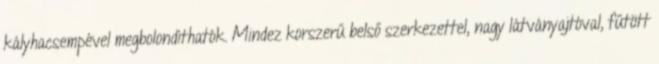
kályhacsempével megbolondíthatók. Mindez korszerű belső szerkezettel, nagy látványajtóval, fűtött